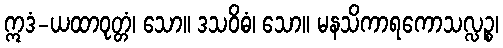
ဣဒံ-ယထာဝုတ္တံ၊ သော။ ဒသဝိဓံ၊ သော။ မနသိကာရကောသလ္လဉ္စ၊